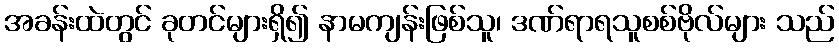
အခန်းထဲတွင် ခုတင်များရှိ၍ နာမကျန်းဖြစ်သူ၊ ဒဏ်ရာရသူစစ်ဗိုလ်များ သည်